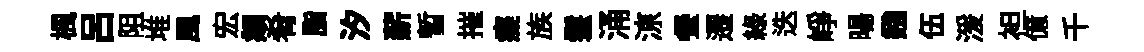
楓吕阻堆風宏頫肴脂汐薪暫摧癡族鬟涌鿌餐遷綠迭峥暘鏹伍湲袒億千